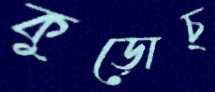
কুড়োচ্